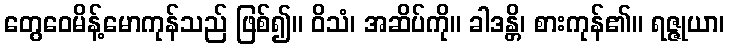
တွေဝေမိန့်မောကုန်သည် ဖြစ်၍။ ဝိသံ၊ အဆိပ်ကို။ ခါဒန္တိ၊ စားကုန်၏။ ရဇ္ဇုယာ၊